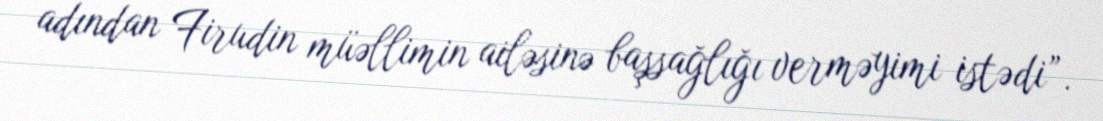
adından Firudin müəllimin ailəsinə başsağlığı verməyimi istədi”.